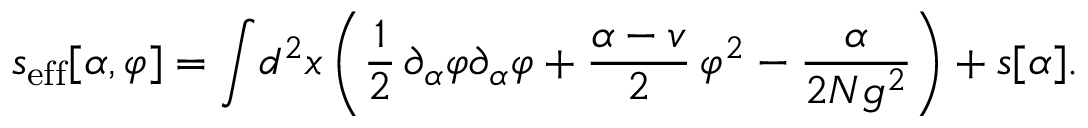
s _ { \mathrm { e f f } } [ \alpha , \varphi ] = \int \! d ^ { 2 } x \left( { \frac { 1 } { 2 } } \, \partial _ { \alpha } \varphi \partial _ { \alpha } \varphi + { \frac { \alpha - v } { 2 } } \, \varphi ^ { 2 } - { \frac { \alpha } { 2 N g ^ { 2 } } } \right) + s [ \alpha ] .